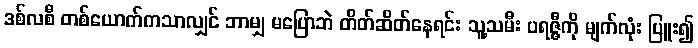
ဒစ်လစီ တစ်ယောက်ကသာလျှင် ဘာမျှ မပြောဘဲ တိတ်ဆိတ်နေရင်း သူ့သမီး ပရဇ္ဇီကို မျက်လုံး ပြူး၍